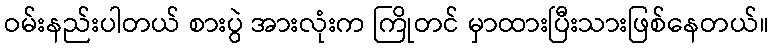
ဝမ်းနည်းပါတယ် စားပွဲ အားလုံးက ကြိုတင် မှာထားပြီးသားဖြစ်နေတယ်။